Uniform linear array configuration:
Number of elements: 12
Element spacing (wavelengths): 1
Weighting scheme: hann
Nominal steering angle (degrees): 0
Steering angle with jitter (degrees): -1.934
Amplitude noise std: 0.05
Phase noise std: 0.05

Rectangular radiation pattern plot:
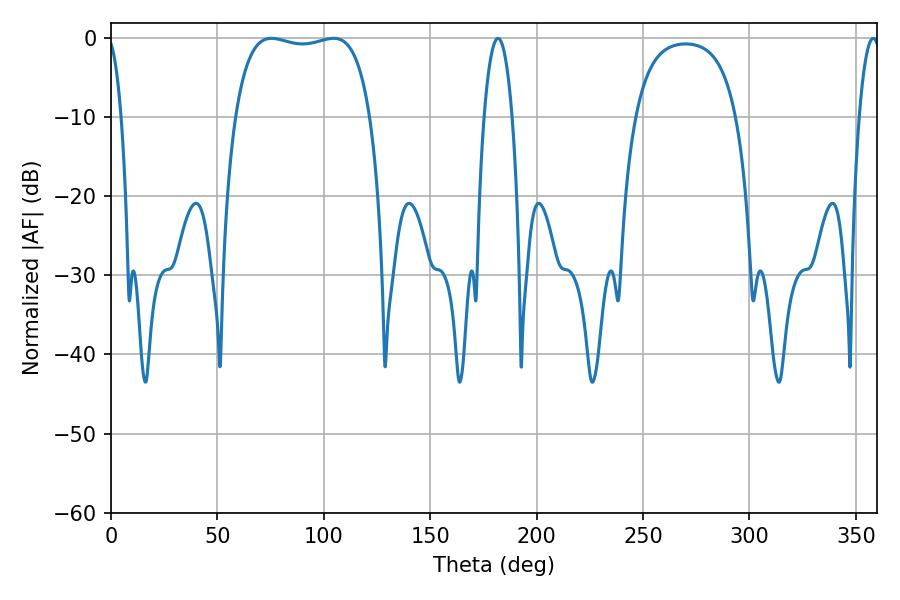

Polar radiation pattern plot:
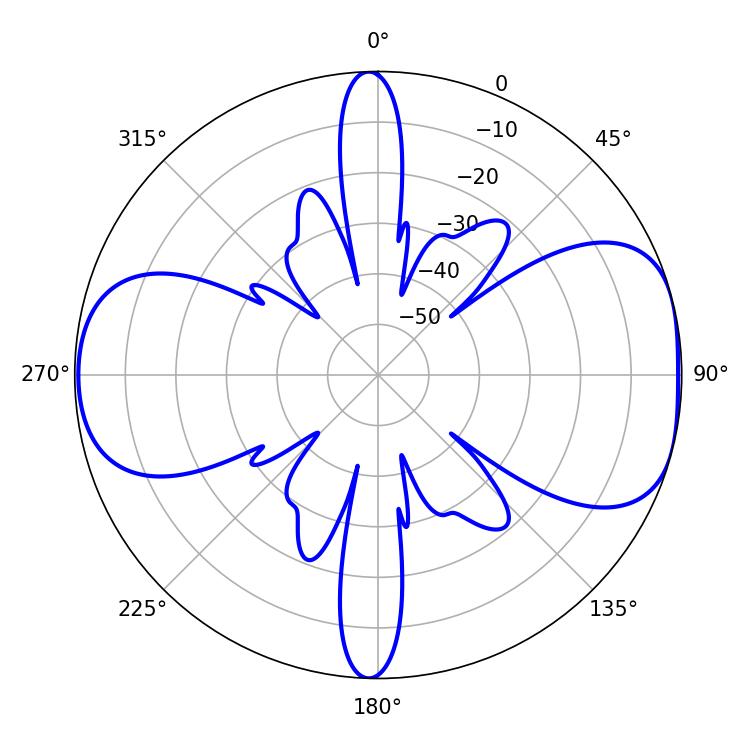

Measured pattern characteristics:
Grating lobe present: TRUE
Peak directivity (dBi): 7.645
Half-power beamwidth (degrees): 51.12
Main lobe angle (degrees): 75.42